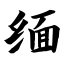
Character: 缅